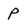
Character: p